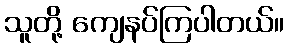
သူတို့ ကျေနပ်ကြပါတယ်။